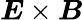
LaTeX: {\boldsymbol{E}}\times{\boldsymbol{B}}